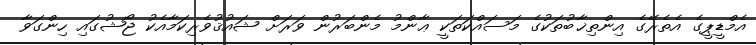
އެމްޑީޕީގެ އެތެރޭގެ އިންތިޚާބުތަކުގެ މަސައްކަތަކީ ޢާންމު މެންބަރުން ވަރަށް ޝައުޤުވެރިކަމާއެކު ޖޯޝުގައި ހިންގަވާ